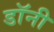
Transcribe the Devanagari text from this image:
डाॅनी